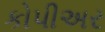
કોપીઅર